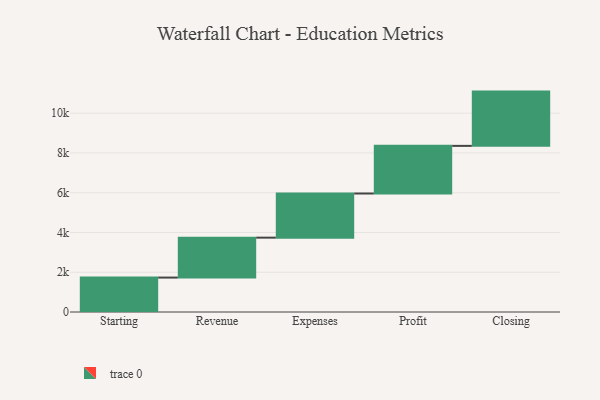
{"axis": {"x": "Step", "y": "Value"}, "legend": [""], "data": [{"x": "Starting", "y": 1732.0, "type": ""}, {"x": "Revenue", "y": 2008.0, "type": ""}, {"x": "Expenses", "y": 2221.0, "type": ""}, {"x": "Profit", "y": 2396.0, "type": ""}, {"x": "Closing", "y": 2730.0, "type": ""}]}